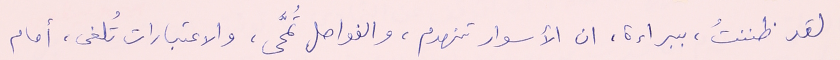
لقد ظننتُ، ببراءة، ان الأسوار تنهدم، والفواصل تُمحَّى، والاعتبارات تُلغى، أمام